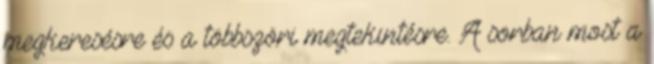
megkeresésre és a többszöri megtekintésre. A sorban most a